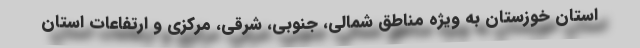
استان خوزستان به ویژه مناطق شمالی، جنوبی، شرقی، مرکزی و ارتفاعات استان